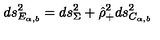
d s _ { E _ { \alpha , b } } ^ { 2 } = d s _ { \Sigma } ^ { 2 } + \hat { \rho } _ { + } ^ { 2 } d s _ { C _ { \alpha , b } } ^ { 2 }